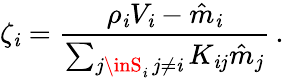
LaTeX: \zeta_{\mathit{i}}=\frac{{\rho_{\mathit{i}}V_{\mathit{i}}-\hat{{m}}_{\mathit{i}}}}{{\sum_{\substack{j\inS_{\mathit{i}}\, j\neq\mathit{i}}}K_{\mathit{i}j}\hat{{m}}_{j}}}\, .